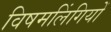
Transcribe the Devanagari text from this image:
विषमलिंगियों